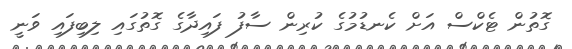
ގޮތުން ޓެކްސް އަށް ކެނޑުމުގެ ކުރިން ސާފު ފައިދާގެ ގޮތުގައި ލިބިފައި ވަނީ